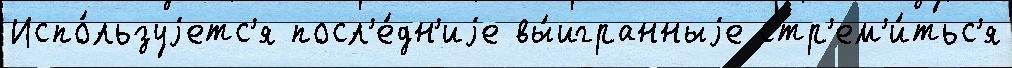
Испо́льзуjетс'я посл'е́дн'иjе вы́игранныjе стр'ем'и́тьс'я